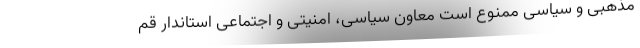
مذهبی و سیاسی ممنوع است معاون سیاسی، امنیتی و اجتماعی استاندار قم